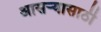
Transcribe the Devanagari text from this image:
आसऱ्यासाठी